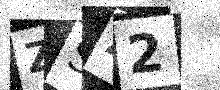
Text: ZSZ2